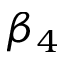
\beta _ { 4 }